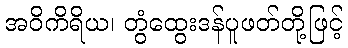
အဝိကိရိယ၊ တွံထွေးဒန်ပူဖတ်တို့ဖြင့်